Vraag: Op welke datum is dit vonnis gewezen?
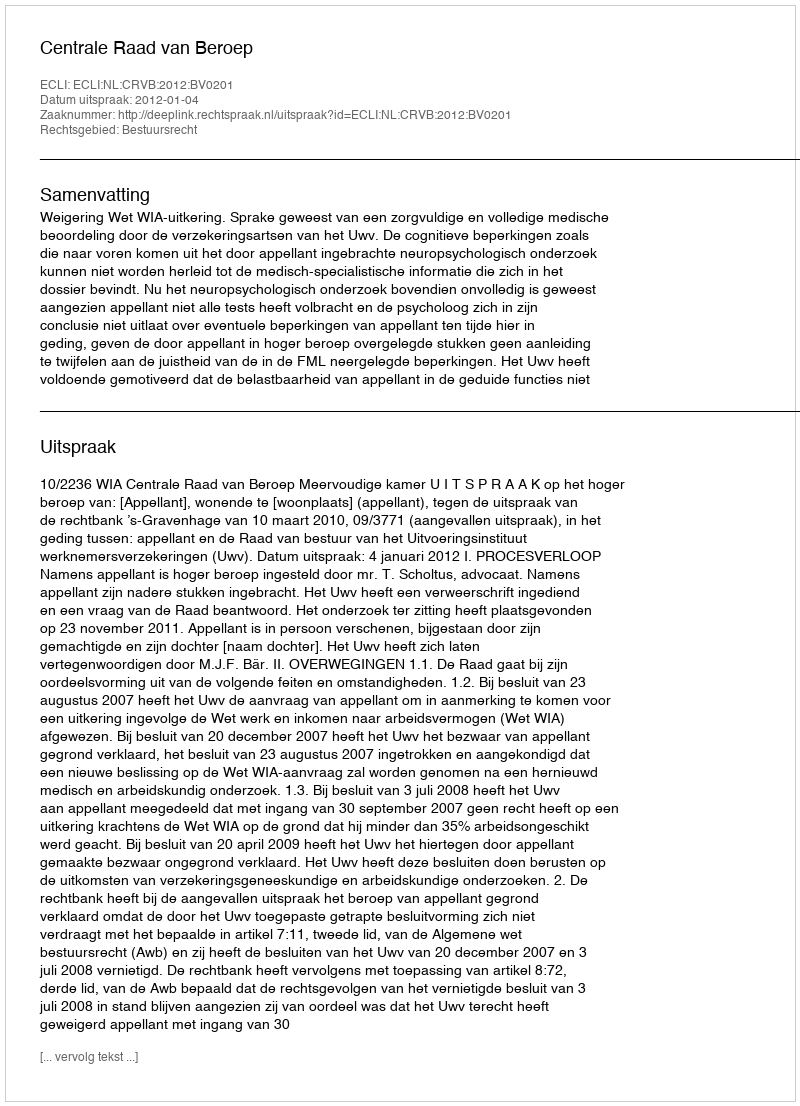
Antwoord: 2012-01-04